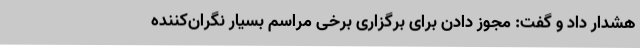
هشدار داد و گفت: مجوز دادن برای برگزاری برخی مراسم‌ بسیار نگران‌کننده